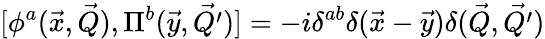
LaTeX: {[\phi^{a}(\vec{x},\vec{Q}),\Pi^{b}(\vec{y},\vec{Q^{\prime}})]}=-i\delta^{ab}\delta(\vec{x}-\vec{y})\delta(\vec{Q},\vec{Q^{\prime}})